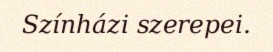
Színházi szerepei.